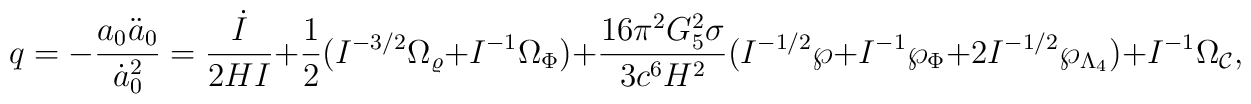
q=-{{a_0\ddot{a}_0}\over \dot{a}^2_0}={\dot{I}\over{2HI}}+{1\over 2}(I^{-3/2}\Omega_{\varrho}+I^{-1}\Omega_{\Phi})+{{16\pi^2G^2_5\sigma}\over{3c^6H^2}}(I^{-1/2}\wp+I^{-1}\wp_{\Phi}+2I^{-1/2}\wp_{\Lambda_4})+I^{-1}\Omega_{\cal C},